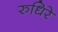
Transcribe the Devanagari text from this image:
रुधिरे